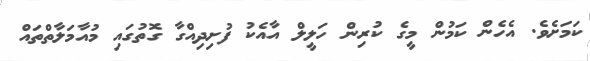
ކަމަށެވެ. އެހެން ކަމުން މީގެ ކުރިން ހަލީލް އާއެކު ފުށިދިއްގާ ގޮތުގައި މުއާމަލާތްތައް